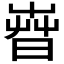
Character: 𣈤